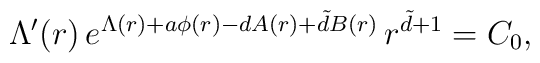
\Lambda'(r) \, e^{\Lambda(r) + a \phi(r) - d  A(r) + \tilde{d}  B(r) } \, r^{\tilde{d}+1}  = C_0,